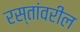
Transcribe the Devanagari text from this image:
रस्तांवरील